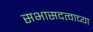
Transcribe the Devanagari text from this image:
सभासदत्वाच्या